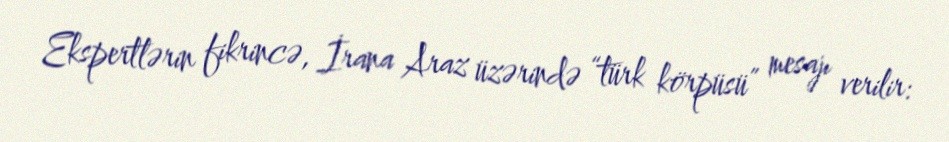
Ekspertlərin fikrincə, İrana Araz üzərində “türk körpüsü” mesajı verilir: